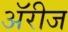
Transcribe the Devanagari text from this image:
अॅरीज